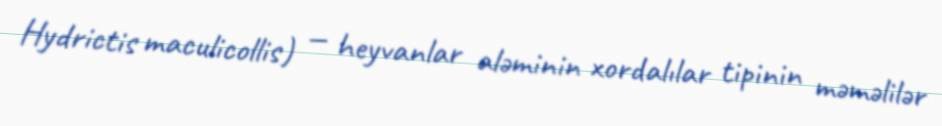
Hydrictis maculicollis) — heyvanlar aləminin xordalılar tipinin məməlilər